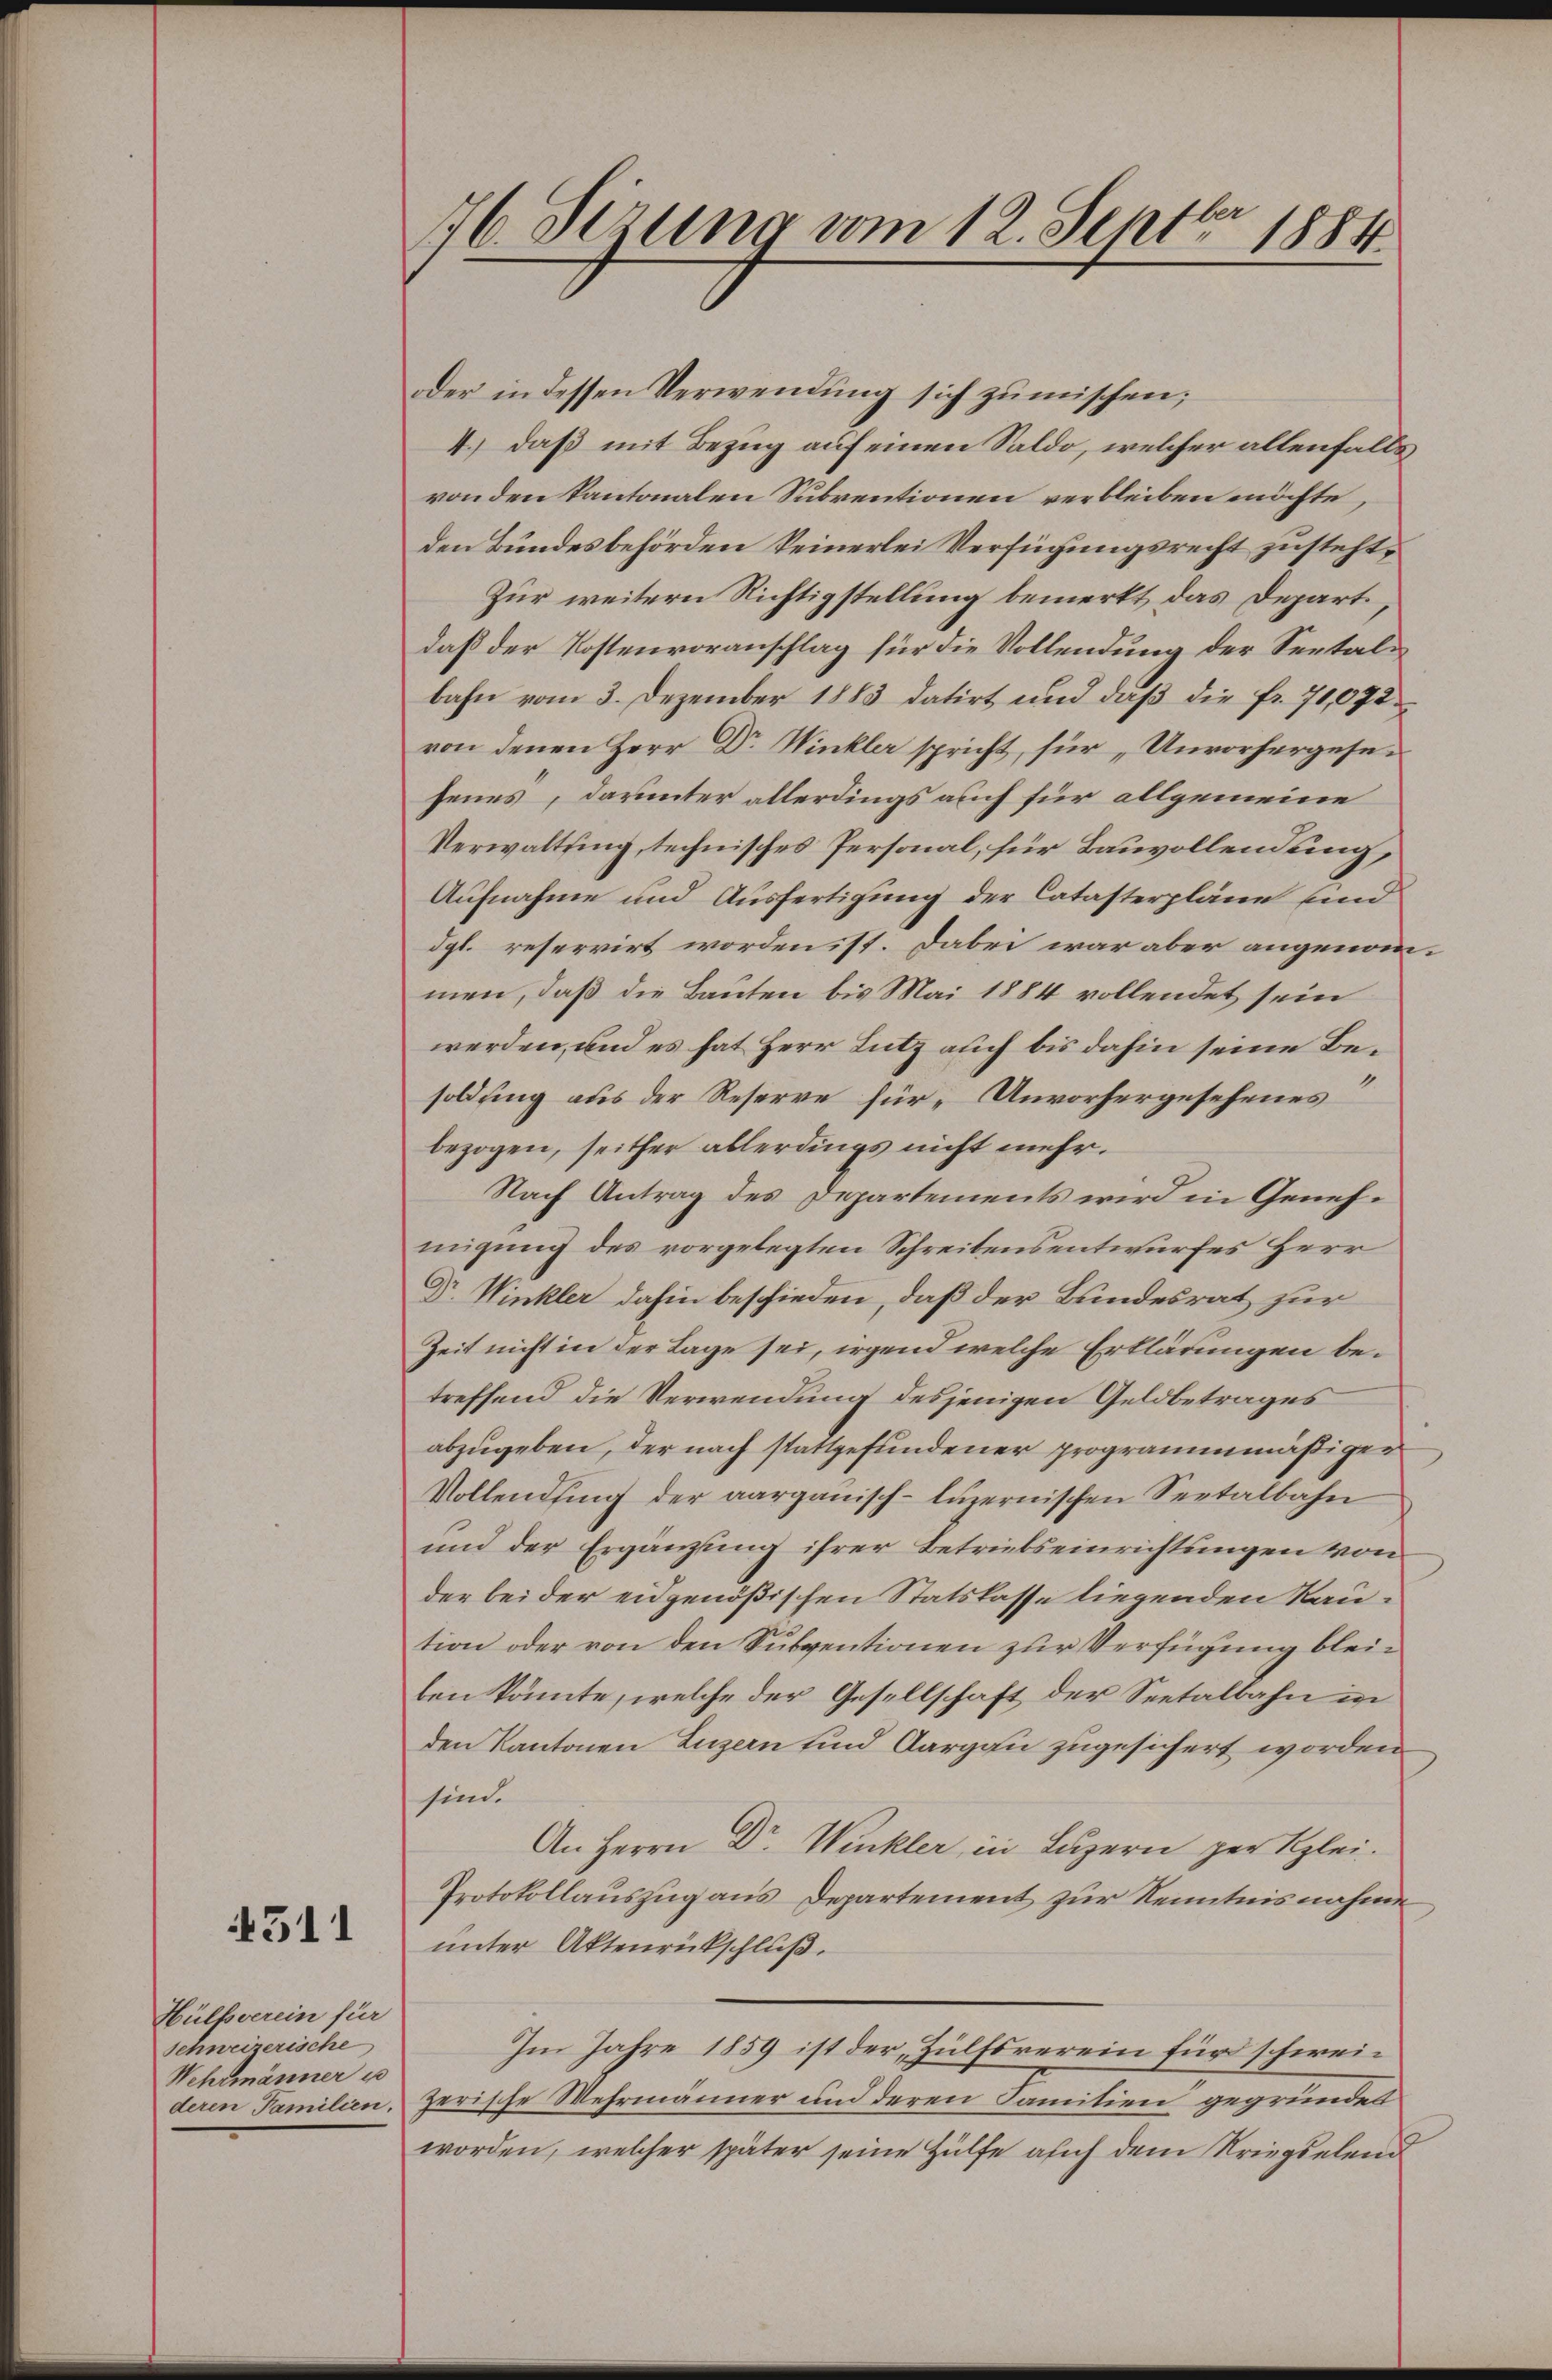
511

Hülfsverein für
schweizerische
Wehrmänner u
deren Familien.

176. Sizung vom 12. Septbr 1884

oder in dessen Verwendung sich zumischen;
4.) daß mit Bezug auf einen Saldo, welcher allenfalls
von den kantonalen Subventionen verbleiben möchte,
den Bundesbehörden keinerlei Verfügungsrecht zusteht,
Zur weitern Richtigstellung bemerkt, das Depart,
daß der Kostenvoranschlag für die Vollendung der Seetalbahn vom 3. Dezember 1883 datirt und daß die fr. 70,072
von denen Herr Dr Winkla spricht, für „Unvorhergesefenes, darunter allerdings auch für allgemeine
Verwaltung, technisches Personal, für Bauvollendung,
Aufnahme und Ausfertigung der Catasterpläne und
dgl. reservirt worden, st. Dabei war aber angenommen, daß die Bauten bis Mai 1884 vollendet sein
werden, und es hat Herr Lutz auch bis dahin seine Be¬
1
soldung aus der Reserve für Unvorhergesehenes
bezogen, seither allerdings nicht mehr.
Nach Antrag des Departements wird in Genehmigung des vorgelegten Schreibensentwurfes Herr
Dr. Winkler dahin beschieden, daß der Bundesrat zur
Zeit nicht in der Lage sei, irgend welche Erklärungen betreffend die Verwendung desjenigen Geldbetrages
abzugeben, der nach stattgefundener programmmäßigen
Vollendung der aargauisch-luzernischen Seetalbahn
und der Ergänzung ihrer Betriebseinrichtungen von
der bei der eidgenößischen Statskasse liegenden Raution oder von den Subventionen zur Verfügung bleiben könnte, welche der Gesellschaft der Seetalbahn in
den Kantonen Luzern und Aargau zugesichert worden.
sind.
An Herrn Dr. Winkler, in Luzern zur Klei
Protokollauszug aus Departement zur Kenntnisnahme
unter Aktenrückschluß.
Im Jahre 1859 ist der „Zülfsverein für schweizerische Wehrmänner und deren Familien gegründet
worden, welcher später seine Hülfe auch dem Kriegselend